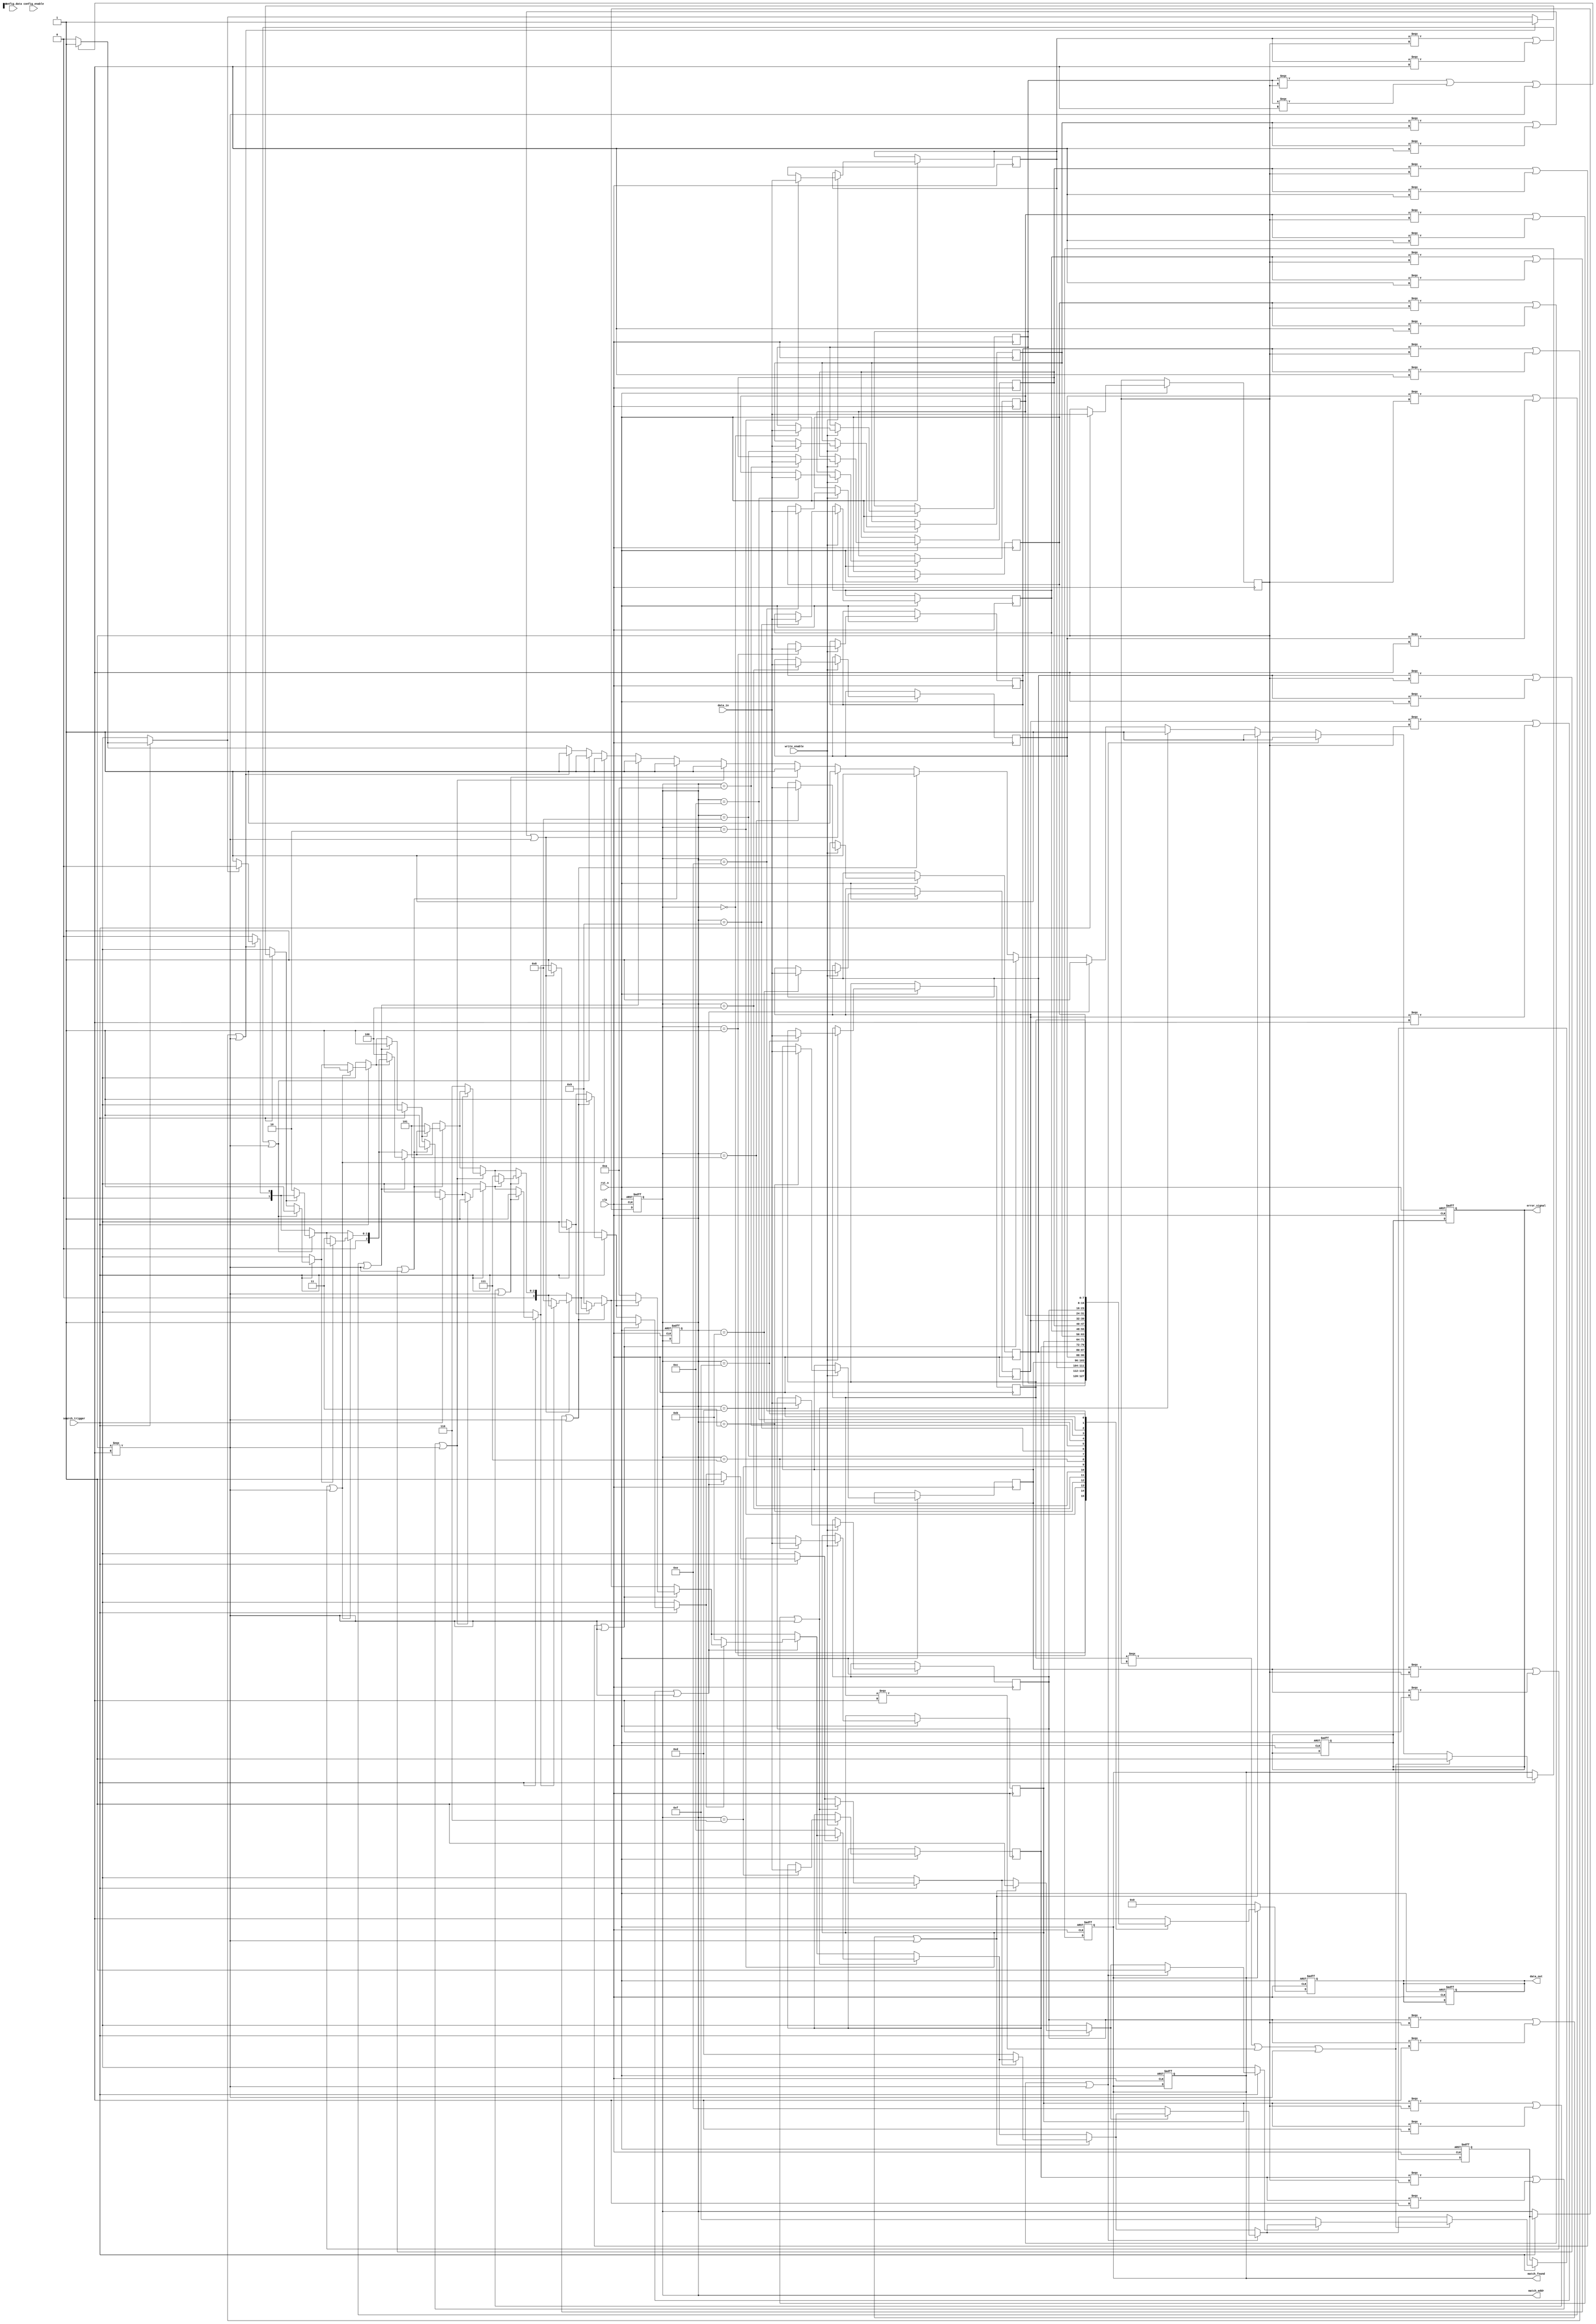
module tcam_io_block #(
    parameter DATA_WIDTH = 8, // Width of the data bus
    parameter ADDR_WIDTH = 4   // Width of the address bus
)(
    input wire clk,                          // System clock
    input wire rst_n,                        // Active low reset signal
    input wire write_enable,                 // Write enable signal
    input wire search_trigger,                // Trigger for search operation
    input wire [DATA_WIDTH-1:0] data_in,    // Data input from external bus
    output reg [ADDR_WIDTH-1:0] match_addr, // Address of the matched entry
    output reg match_found,                  // Match found signal
    output reg [DATA_WIDTH-1:0] data_out,    // Data output
    output reg error_signal,                  // Error signal
    input wire [DATA_WIDTH-1:0] config_data, // Configuration data input
    input wire config_enable                  // Configuration enable signal
);

    // Internal registers
    reg [DATA_WIDTH-1:0] memory [0:(1 << ADDR_WIDTH)-1]; // TCAM memory
    reg [DATA_WIDTH-1:0] search_key;                    // Buffer for search key
    reg [ADDR_WIDTH-1:0] i;                              // Loop variable
    reg [ADDR_WIDTH-1:0] first_match;                   // Store first match address
    reg found;                                          // Temporary match found signal

    // Write operation
    always @(posedge clk or negedge rst_n) begin
        if (!rst_n) begin
            // Reset memory and outputs
            match_found <= 0;
            error_signal <= 0;
            match_addr <= 0;
            data_out <= 0;
        end else if (write_enable) begin
            // Store incoming data in memory
            memory[match_addr] <= data_in;
        end
    end

    // Search operation
    always @(posedge clk or negedge rst_n) begin
        if (!rst_n) begin
            match_found <= 0;
            match_addr <= 0;
            first_match <= 0;
        end else if (search_trigger) begin
            search_key <= data_in; // Capture search key
            match_found <= 0; // Reset match found flag
            first_match <= 0; // Reset first match address
            found = 0; // Reset found flag

            // Compare search key with TCAM entries
            for (i = 0; i < (1 << ADDR_WIDTH); i = i + 1) begin
                // Match logic for TCAM (considering ternary nature)
                if ((memory[i] === search_key) || 
                    (memory[i] === 8'bx) || 
                    (search_key === 8'bx)) begin
                    match_found <= 1; // Match found
                    if (!found) begin
                        first_match <= i; // Store first matched address
                        found = 1; // Set found flag
                    end
                end
            end
            match_addr <= first_match; // Output the first match address
        end
    end

    // Output operation
    always @(posedge clk or negedge rst_n) begin
        if (!rst_n) begin
            data_out <= 0;
        end else if (match_found) begin
            data_out <= memory[match_addr]; // Output matched data
        end else begin
            data_out <= 0; // No match
        end
    end

    // Configuration handling (optional, based on requirements)
    always @(posedge clk or negedge rst_n) begin
        if (!rst_n) begin
            // Reset configuration settings if needed
        end else if (config_enable) begin
            // Handle configuration settings here
        end
    end

    // Error detection (optional, based on requirements)
    always @(posedge clk or negedge rst_n) begin
        if (!rst_n) begin
            error_signal <= 0; // Reset error signal
        end else begin
            // Implement error detection logic here
        end
    end

endmodule